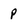
Character: p